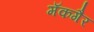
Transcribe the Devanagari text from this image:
मॅकगैर